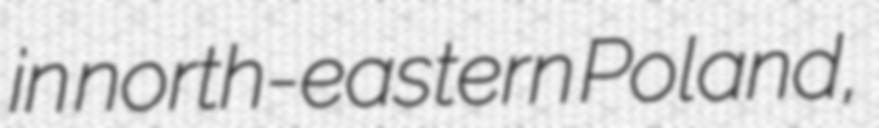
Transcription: in north-eastern Poland,